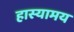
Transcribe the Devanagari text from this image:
हास्यामय